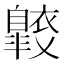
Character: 𧞠